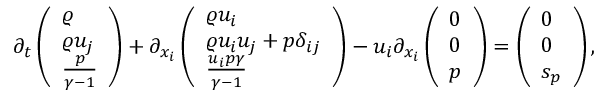
\begin{array} { r } { \partial _ { t } \left( \begin{array} { l } { \varrho } \\ { \varrho u _ { j } } \\ { \frac { p } { \gamma - 1 } } \end{array} \right) + \partial _ { x _ { i } } \left( \begin{array} { l } { \varrho u _ { i } } \\ { \varrho u _ { i } u _ { j } + p \delta _ { i j } } \\ { \frac { u _ { i } p \gamma } { \gamma - 1 } } \end{array} \right) - u _ { i } \partial _ { x _ { i } } \left( \begin{array} { l } { 0 } \\ { 0 } \\ { p } \end{array} \right) = \left( \begin{array} { l } { 0 } \\ { 0 } \\ { s _ { p } } \end{array} \right) , } \end{array}